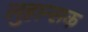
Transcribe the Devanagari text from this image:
लुहान्सक